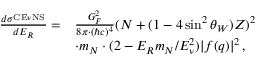
\begin{array} { r l } { \frac { d \sigma ^ { _ { \mathrm { C E } \nu \mathrm { N S } } } } { d E _ { R } } = } & { \frac { G _ { F } ^ { 2 } } { 8 \pi \cdot ( \hbar c ) ^ { 4 } } ( N + ( 1 - 4 \sin ^ { 2 } \theta _ { W } ) Z ) ^ { 2 } } \\ & { \cdot m _ { N } \cdot ( 2 - E _ { R } m _ { N } / E _ { \nu } ^ { 2 } ) | f ( q ) | ^ { 2 } \, , } \end{array}